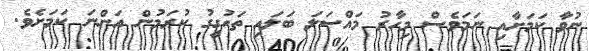
ނުވާ ކަމަށާއި ނަމަވެސް މިހާރު މައްސަލަ ބަލައި ތަހުގީގު ކުރަމުން އަންނަ ކަމަށެވެ.